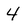
Character: 4